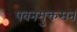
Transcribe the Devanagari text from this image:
पवनमुक्तसन